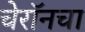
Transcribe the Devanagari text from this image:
चेरॉनचा